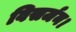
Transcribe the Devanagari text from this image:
विसर्जन।